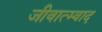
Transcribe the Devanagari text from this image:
जीवात्म्वाद